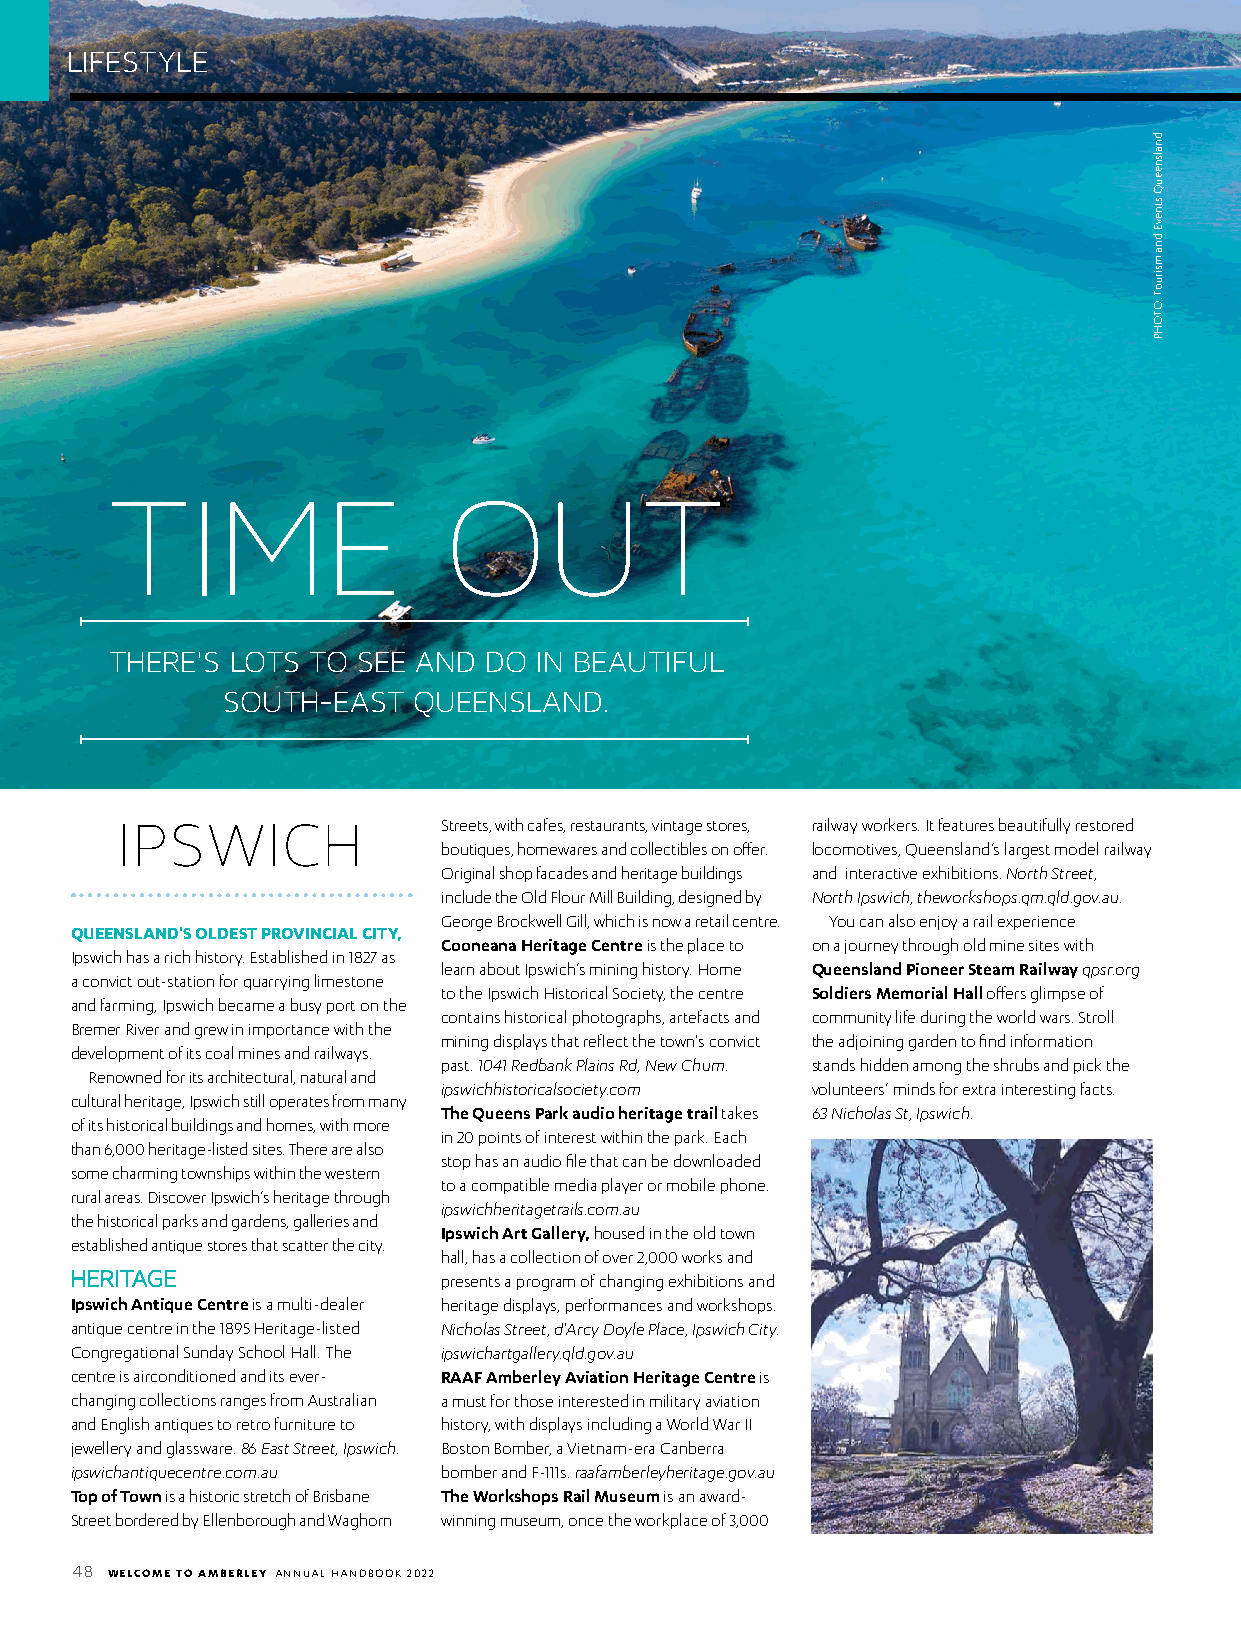
LIFESTYLE
 TIME                  OUT
 THERE'S LOTS TO  SEE AND DO  IN BEAUTIFUL
 SOUTH-EAST  QUEENSLAND.
 IPSWICH              Streets, with cafes, restaurants, vintage stores, railway workers. It features beautifully restored
 boutiques, homewares and collectibles on offer. locomotives, Queensland’s largest model railway
 Original shop facades and heritage buildings and interactive exhibitions. North Street,
 include the Old Flour Mill Building, designed by North Ipswich, theworkshops.qm.qld.gov.au.
 George Brockwell Gill, which is now a retail centre. You can also enjoy a rail experience
 QUEENSLAND'S OLDEST PROVINCIAL CITY,
 Cooneana Heritage Centre is the place to on a journey through old mine sites with
 Ipswich has a rich history. Established in 1827 as
 learn about Ipswich’s mining history. Home Queensland Pioneer Steam Railway qpsr.org
 a convict out-station for quarrying limestone
 to the Ipswich Historical Society, the centre Soldiers Memorial Hall offers glimpse of
 and farming, Ipswich became a busy port on the
 contains historical photographs, artefacts and community life during the world wars. Stroll
 Bremer River and grew in importance with the
 mining displays that reflect the town's convict the adjoining garden to find information
 development of its coal mines and railways.
 past. 1041 Redbank Plains Rd, New Chum. stands hidden among the shrubs and pick the
 Renowned for its architectural, natural and
 ipswichhistoricalsociety.com volunteers’ minds for extra interesting facts.
 cultural heritage, Ipswich still operates from many
 The Queens Park audio heritage trail takes 63 Nicholas St, Ipswich.
 of its historical buildings and homes, with more
 in 20 points of interest within the park. Each
 than 6,000 heritage-listed sites. There are also
 stop has an audio file that can be downloaded
 some charming townships within the western
 to a compatible media player or mobile phone.
 rural areas. Discover Ipswich’s heritage through
 ipswichheritagetrails.com.au
 the historical parks and gardens, galleries and
 Ipswich Art Gallery, housed in the old town
 established antique stores that scatter the city.
 hall, has a collection of over 2,000 works and
 HHEERRIITTAAGGEE        presents a program of changing exhibitions and
 Ipswich Antique Centre is a multi-dealer heritage displays, performances and workshops.
 antique centre in the 1895 Heritage-listed Nicholas Street, d'Arcy Doyle Place, Ipswich City.
 Congregational Sunday School Hall. The ipswichartgallery.qld.gov.au
 centre is airconditioned and its ever- RAAF Amberley Aviation Heritage Centre is
 changing collections ranges from Australian a must for those interested in military aviation
 and English antiques to retro furniture to history, with displays including a World War II
 jewellery and glassware. 86 East Street, Ipswich. Boston Bomber, a Vietnam-era Canberra
 ipswichantiquecentre.com.au bomber and F-111s. raafamberleyheritage.gov.au
 Top of Town is a historic stretch of Brisbane The Workshops Rail Museum is an award-
 Street bordered by Ellenborough and Waghorn winning museum, once the workplace of 3,000
 48 WELCOME TO AMBERLEY ANNUAL HANDBOOK 2022
 dnalsneeuQ
 stnevE
 dna
 msiruoT
 :OTOHP